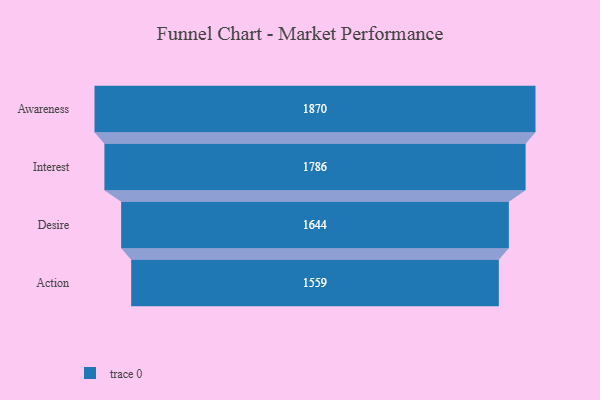
{"axis": {"x": "Stage", "y": "Value"}, "legend": [""], "data": [{"x": "Awareness", "y": 1870.0, "type": ""}, {"x": "Interest", "y": 1786.0, "type": ""}, {"x": "Desire", "y": 1644.0, "type": ""}, {"x": "Action", "y": 1559.0, "type": ""}]}